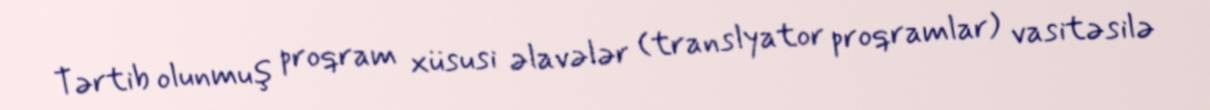
Tərtib olunmuş proqram xüsusi əlavələr (translyator proqramlar) vasitəsilə